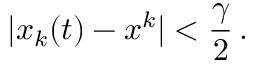
| x _ { k } ( t ) - x ^ { k } | < \frac { \gamma } { 2 } \, .